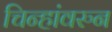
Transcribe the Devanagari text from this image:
चिन्हांवरुन